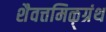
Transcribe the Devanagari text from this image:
शैवत्तमिऴ्‌ग्रंथ